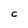
Character: C